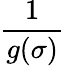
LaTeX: \displaystyle\frac{1}{g(\sigma)}